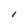
Character: l